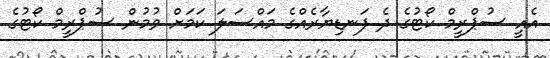
އެއީ ސުޕްރީމް ކޯޓުގެ ދެ ފަނޑިޔާރެއްގެ މައްސަލަ ކަމަށް ވުމުން ސުޕްރީމް ކޯޓުގެ